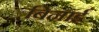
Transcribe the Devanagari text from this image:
बिनाई